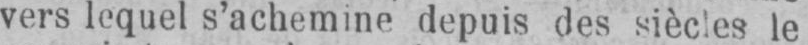
vers lequel s’achemine depuis des siècles le